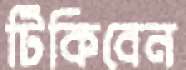
টিকিবেন